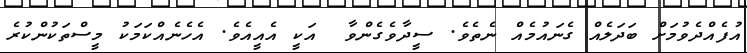
އުފެއްދެވުމަށް ބަދަލެއް ގެނައުމެއް ނެތެވެ. ސީދާވެގެންވާ  އަކީ އެއީއެވެ. އެހެނެއްކަމަކު މީސްތަކުންކުރެ